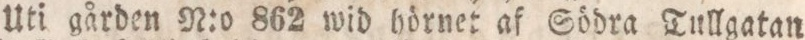
Uti gården N:o 862 wid hörnet af Södra Tullgatan